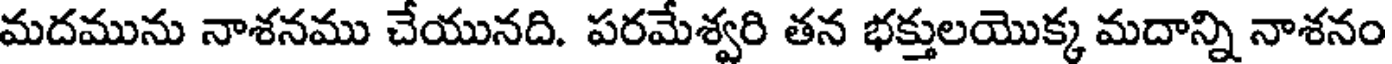
మదమును నాశనము చేయునది. పరమేశ్వరి తన భక్తులయొక్క మదాన్ని నాశనం